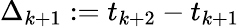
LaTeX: \Delta_{k+1}:=t_{k+2}-t_{k+1}